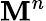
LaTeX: \mathbf{M}^{n}